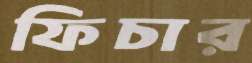
ফিচার